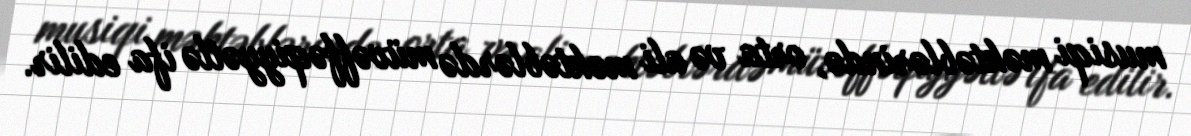
musiqi məktəblərində, orta və ali məktəblərdə müvəffəqiyyətlə ifa edilir.